Indian journal of veterinary science and animal husbandry - Volume 4,
Year: 1934
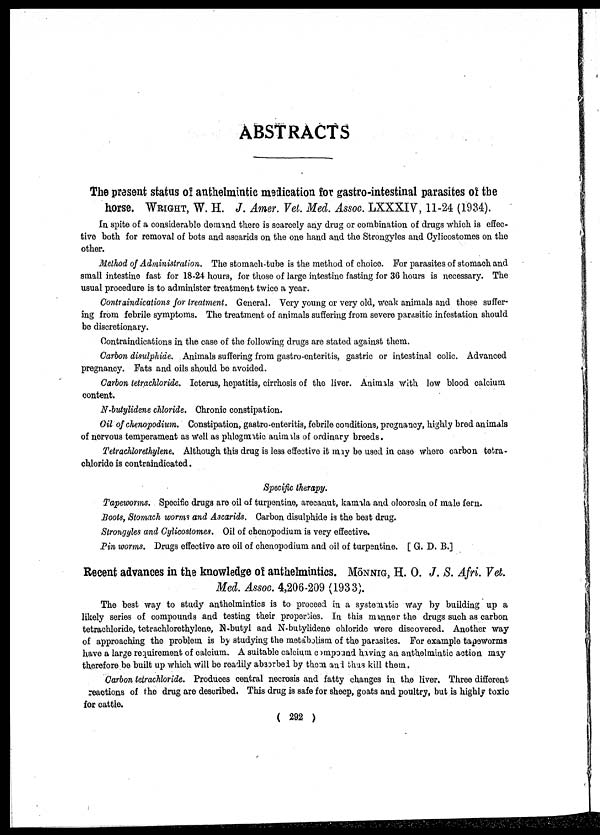
ABSTRACTS
The present status of anthelmintic medication for gastro-intestinal parasites of the
horse. WRIGHT, W. H. J. Amer. Vet. Med. Assoc. LXXXIV, 11-24 (1934).
In spite of a considerable demand there is scarcely any drug or combination of drugs which is effec-
tive both for removal of bots and ascarids on the one hand and the Strongyles and Cylicostomes on the
other.
Method of Administration. The stomach-tube is the method of choice. For parasites of stomach and
small intestine fast for 18-24 hours, for those of large intestine fasting for 36 hours is necessary. The
usual procedure is to administer treatment twice a year.
Contraindications for treatment. General. Very young or very old, weak animals and those suffer-
ing from febrile symptoms. The treatment of animals suffering from severe parasitic infestation should
be discretionary.
Contraindications in the case of the following drugs are stated against them.
Carbon disulphiae. Animals suffering from gastro-enteritis, gastric or intestinal colic. Advanced
pregnancy. Fats and oils should be avoided.
Carbon tetrachloride. Icterus, hepatitis, cirrhosis of the liver. Animals with low blood calcium
content.
N-butylidene chloride. Chronic constipation.
Oil of chenopodium. Constipation, gastro-enteritis, febrile conditions, pregnancy, highly bred animals
of nervous temperament as Well as phlegmaftic animals of ordinary breeds.
Tetrachlorethylene. Although this drug is less effective it may be used in case where carbon tetra-
chloride is contraindicated.
Specific therapy.
Tapeworms. Specific drugs are oil of turpentine, arecanut, kamala and oleoresin of male fern.
Boots, Stomach worms and Ascarids. Carbon disulphide is the best drug.
Strongyles and Cylicostomes. Oil of chenopodium is very effective.
Pin worms. Drugs effective are oil of chenopodium and oil of turpentine. [ G. D. B.]
Recent advances in the knowledge of anthelmintics. MÖNNING, H. O. J. S. Afri. Vet.
Med. Assoc. 4,206-209 (1933).
The best way to study anthelmintics is to proceed in a systematic way by building up a
likely series of compounds and testing their properties. In this manner the drugs such as carbon
tetrachloride, tetrachlorethylene, N-butyl and N-butylidene chloride were discovered. Another way
of approaching the problem is by studying the metabolism of the parasites. For example tapeworms
have a large requirement of calcium. A suitable calcium compound having an anthelmintic action may
therefore be built up which will be readily absorbed by them and thus kill them.
Carbon tetrachloride. Produces central necrosis and fatty changes in the liver. Three different
reactions of the drug are described. This drug is safe for sheep, goats and poultry, but is highly toxic
for cattle.
( 292 )